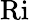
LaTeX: \mathrm{Ri}